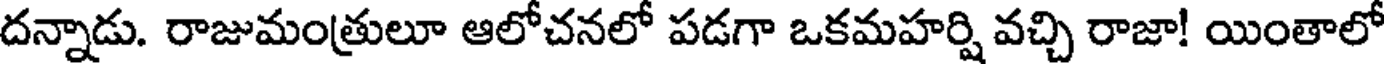
దన్నాడు. రాజుమంత్రులూ ఆలోచనలో పడగా ఒకమహర్షి వచ్చి రాజా! యింతాలో